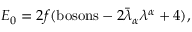
E _ { 0 } = 2 f ( \mathrm { b o s o n s } - 2 \bar { \lambda } _ { \alpha } \lambda ^ { \alpha } + 4 ) ,